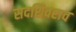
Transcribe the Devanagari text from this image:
सदशिवराव